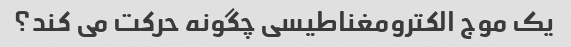
یک موج الکترومغناطیسی چگونه حرکت می کند؟